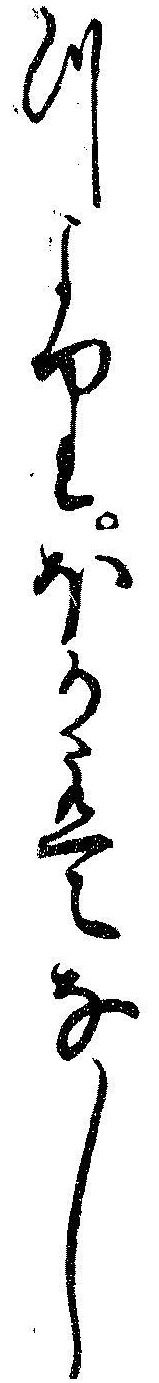
つよりほかはなし